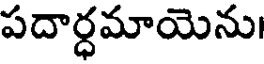
పదార్ధమాయెను